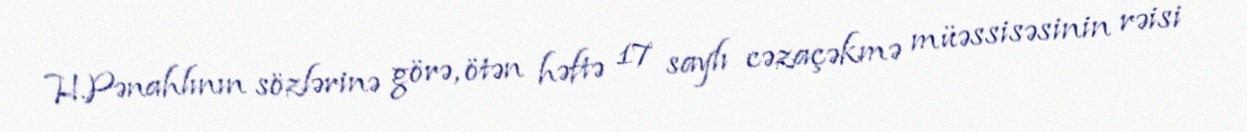
H.Pənahlının sözlərinə görə, ötən həftə 17 saylı cəzaçəkmə müəssisəsinin rəisi